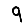
Digit: 9